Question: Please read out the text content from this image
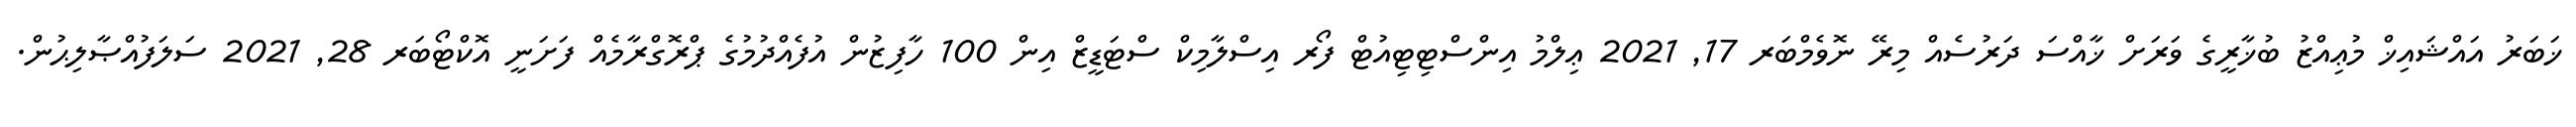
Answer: ޚަބަރު އައްޝައިޚް މުޢިއްޒު ބުޚާރީގެ ވަރަށް ޚާއްސަ ދަރުސެއް މިރޭ ނޮވެމްބަރ 17, 2021 ޢިލްމު އިންސްޓިޓިއުޓް ފޯރ އިސްލާމިކް ސްޓަޑީޒް އިން 100 ހާފިޒުން އުފެއްދުމުގެ ޕްރޮގްރާމެއް ފަށަނީ އޮކްޓޯބަރ 28, 2021 ސަލަފުއްޞާލިޙުން.